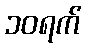
၁၀ရက်